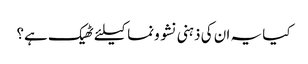
کیا یہ ان کی ذہنی نشو ونما کیلئے ٹھیک ہے؟